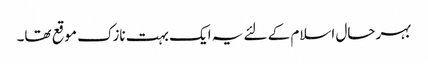
بہرحال اسلام کے لئے یہ ایک بہت نازک موقع تھا۔